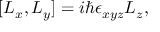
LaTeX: [ { L _ { x } } , { L _ { y } } ] = i \hbar \epsilon _ { x y z } { L _ { z } } ,